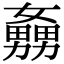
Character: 𡣡